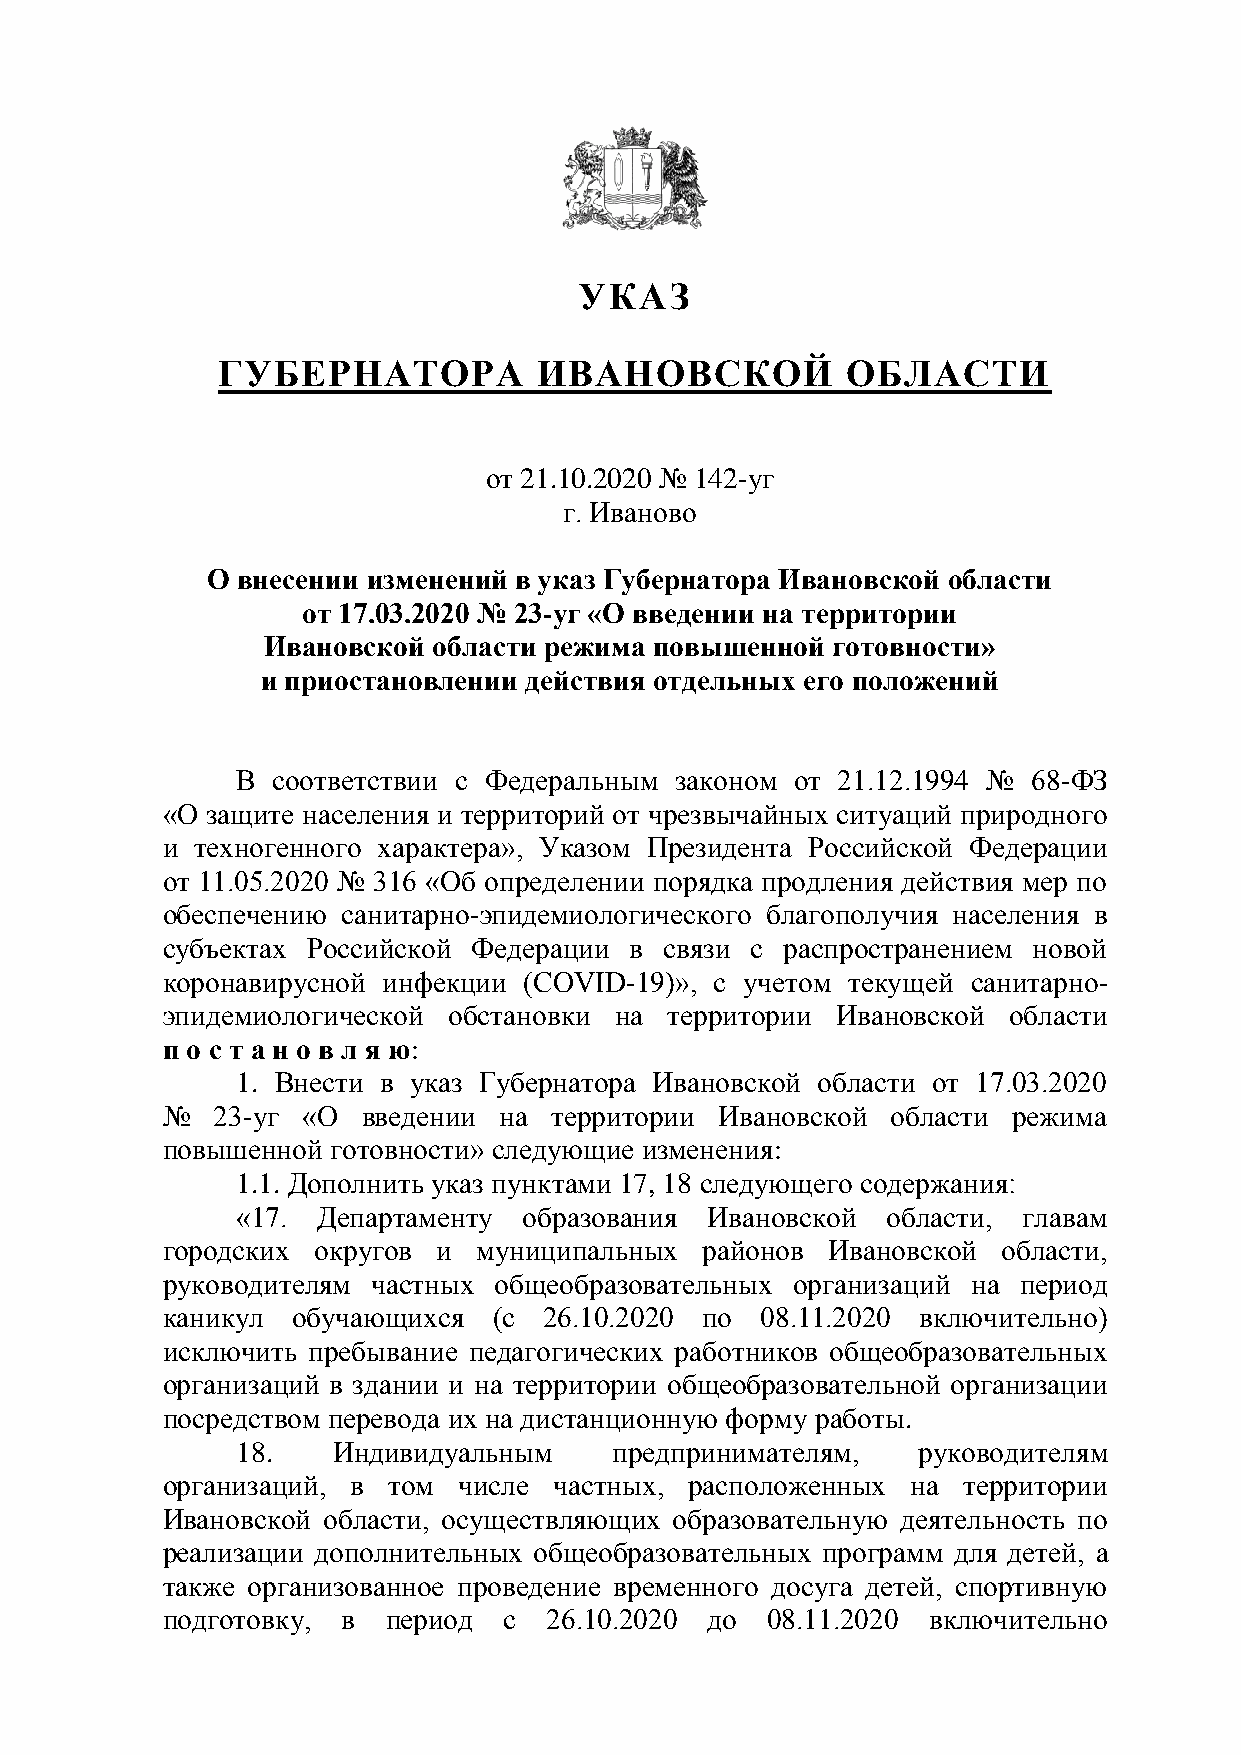
УКАЗ
 ГУБЕРНАТОРА           ИВАНОВСКОЙ          ОБЛАСТИ
 от 21.10.2020 № 142-уг
 г. Иваново
 О внесении изменений в указ Губернатора Ивановской области
 от 17.03.2020 № 23-уг «О введении на территории
 Ивановской  области режима повышенной готовности»
 и приостановлении действия отдельных его положений
 В соответствии с Федеральным законом от 21.12.1994 № 68-ФЗ
 «О защите населения и территорий от чрезвычайных ситуаций природного
 и техногенного характера», Указом Президента Российской Федерации
 от 11.05.2020 № 316 «Об определении порядка продления действия мер по
 обеспечению санитарно-эпидемиологического благополучия населения в
 субъектах Российской Федерации в связи с распространением новой
 коронавирусной инфекции (COVID-19)», с учетом текущей санитарно-
 эпидемиологической обстановки на территории Ивановской  области
 п о с т а н о в л я ю:
 1. Внести в указ Губернатора Ивановской области от 17.03.2020
 №  23-уг «О  введении на  территории Ивановской области режима
 повышенной готовности» следующие изменения:
 1.1. Дополнить указ пунктами 17, 18 следующего содержания:
 «17. Департаменту  образования Ивановской  области, главам
 городских округов и  муниципальных  районов Ивановской области,
 руководителям частных общеобразовательных организаций на период
 каникул обучающихся   (с 26.10.2020 по 08.11.2020 включительно)
 исключить пребывание педагогических работников общеобразовательных
 организаций в здании и на территории общеобразовательной организации
 посредством перевода их на дистанционную форму работы.
 18.   Индивидуальным     предпринимателям,   руководителям
 организаций, в том числе  частных, расположенных на  территории
 Ивановской области, осуществляющих образовательную деятельность по
 реализации дополнительных общеобразовательных программ для детей, а
 также организованное проведение временного досуга детей, спортивную
 подготовку, в  период с  26.10.2020 до  08.11.2020 включительно